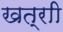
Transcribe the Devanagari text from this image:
खत्राी